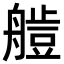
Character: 𦪍